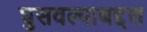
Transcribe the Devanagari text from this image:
घुसवल्याबद्दल